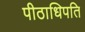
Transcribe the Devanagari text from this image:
पीठाधिपति